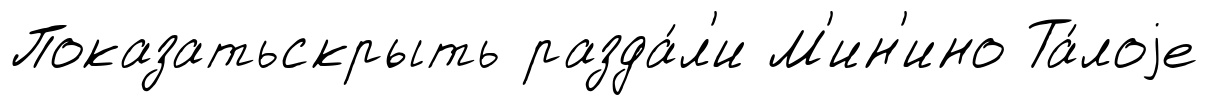
Показатьскрыть разда́л'и М'ин'ино Та́лоjе